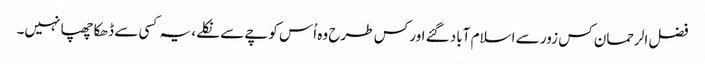
فضل الرحمان کس زور سے اسلام آباد گئے اور کس طرح وہ اُس کوچے سے نکلے، یہ کسی سے ڈھکا چھپا نہیں۔